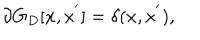
\partial G _ { D } [ x , x ^ { ' } ] = \delta ( x , x ^ { ' } ) ,